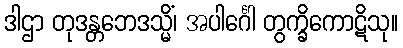
ဒါဌာ တုဒန္တဘေဒသ္မိံ၊ အပါင်္ဂေါ တွက္ခိကောဋိသု။